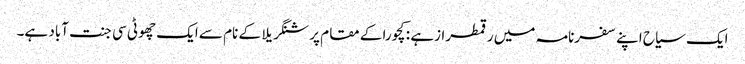
ایک سیاح اپنے سفرنامہ میں رقمطرازہے : کچورا کے مقام پر شنگریلا کے نام سے ایک چھوٹی سی جنت آباد ہے۔